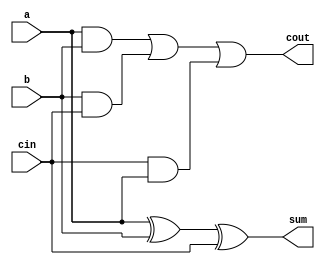
`timescale 1ns / 1ps
//////////////////////////////////////////////////////////////////////////////////
// Company: 
// Engineer: 
// 
// Design Name: 
// Module Name:    full_adder_1 
// Project Name: 
// Target Devices: 
// Tool versions: 
// Description: 
//
// Dependencies: 
//
// Revision: 
// Revision 0.01 - File Created
// Additional Comments: 
//
//////////////////////////////////////////////////////////////////////////////////
module full_adder_1(a,b,cin,sum,cout
    );
	input a;

	input b;

	input cin;

	output sum;
	
	wire sum;
	
output cout;
wire cout;
assign sum = a^b^cin;
assign cout = (a & b) | (b & cin) | (cin & a);


endmodule